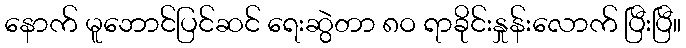
နောက် မူဘောင်ပြင်ဆင် ရေးဆွဲတာ ၈ဝ ရာခိုင်းနှုန်းလောက် ပြီးပြီ။